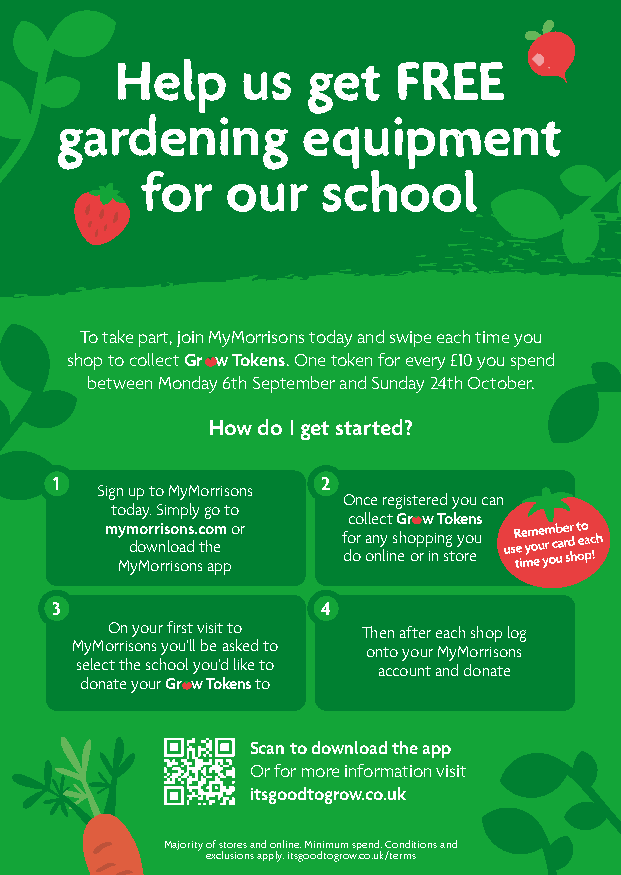
Help    us  get   FREE
 gardening       equipment
 for   our   school
 To take part, join MyMorrisons today and swipe each time you
 shop to collect Gr w Tokens. One token for every £10 you spend
 between Monday 6th September and Sunday 24th October.
 How do I get started?
 1                2
 Sign up to MyMorrisons
 Once registered you can
 today. Simply go to
 collect Gr w Tokens
 mymorrisons.com or
 for any shopping you
 download the
 do online or in store
 MyMorrisons app
 3                 4
 On your first visit to Then after each shop log
 MyMorrisons you’ll be asked to onto your MyMorrisons
 select the school you’d like to account and donate
 donate your Gr w Tokens to
 Scan to download the app
 Or for more information visit
 itsgoodtogrow.co.uk
 Majority of stores and online. Minimum spend. Conditions and
 exclusions apply. itsgoodtogrow.co.uk/terms